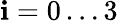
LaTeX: \mathbf{i}=0\dots3